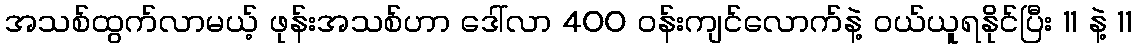
အသစ်ထွက်လာမယ့် ဖုန်းအသစ်ဟာ ဒေါ်လာ 400 ဝန်းကျင်လောက်နဲ့ ဝယ်ယူရနိုင်ပြီး 11 နဲ့ 11